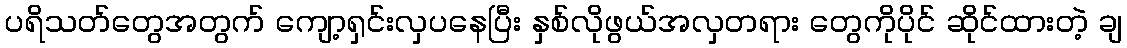
ပရိသတ်တွေအတွက် ကျော့ရှင်းလှပနေပြီး နှစ်လိုဖွယ်အလှတရား တွေကိုပိုင် ဆိုင်ထားတဲ့ ချ